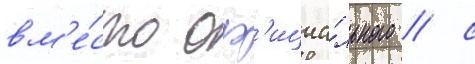
вм'е́сто оф'ициа́льного / с